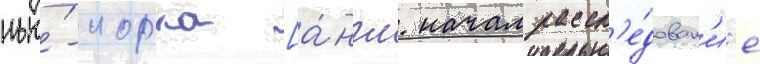
нью́-иорка [а́нгл. начал рассл'е́дован'ие